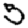
Digit: 5